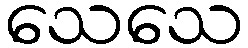
သေသေ